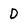
Character: D